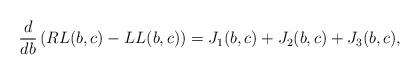
LaTeX: \begin{align*} \frac{d}{db}\left( RL(b,c)-LL(b,c) \right)=J_1(b,c)+J_2(b,c)+J_3(b,c), \end{align*}